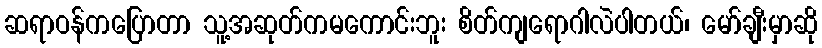
ဆရာဝန်ကပြောတာ သူ့အဆုတ်ကမကောင်းဘူး စိတ်ကျရောဂါလဲပါတယ်၊ မော်ချီးမှာဆို